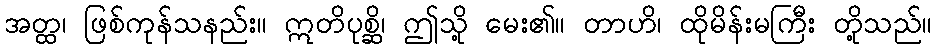
အတ္ထ၊ ဖြစ်ကုန်သနည်း။ ဣတိပုစ္ဆိ၊ ဤသို့ မေး၏။ တာဟိ၊ ထိုမိန်းမကြီး တို့သည်။